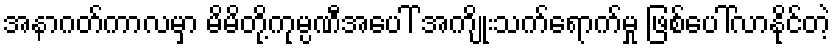
အနာဂတ်ကာလမှာ မိမိတို့ကုမ္ပဏီအပေါ် အကျိုးသက်ရောက်မှု ဖြစ်ပေါ်လာနိုင်တဲ့